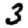
Digit: 3